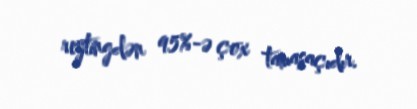
reytingdən 95%-ə çox tamaşaçıdır.